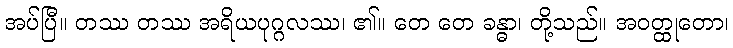
အပ်ပြီ။ တဿ တဿ အရိယပုဂ္ဂလဿ၊ ၏။ တေ တေ ခန္ဓာ၊ တို့သည်။ အဝတ္ထုတော၊